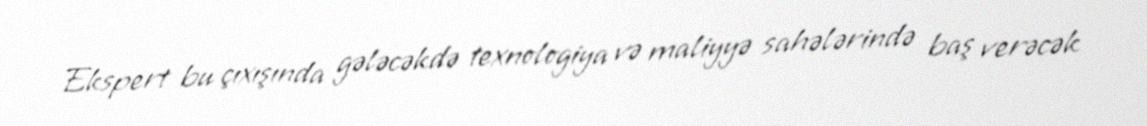
Ekspert bu çıxışında gələcəkdə texnologiya və maliyyə sahələrində baş verəcək